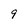
Character: 9